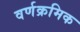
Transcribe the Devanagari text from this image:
वर्णक्रमिक